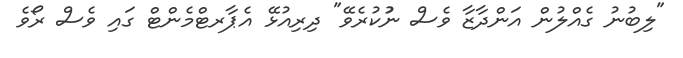
"ލިބުނު ގެއްލުން އަންދާޒާ ވެސް ނުުކުރެވޭ" ދިރިއުޅޭ އެޕާރޓްމެންޓް ގައި ވެސް ރޯވެ